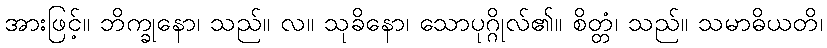
အားဖြင့်။ ဘိက္ခုနော၊ သည်။ လ။ သုခိနော၊ သောပုဂ္ဂိုလ်၏။ စိတ္တံ၊ သည်။ သမာဓိယတိ၊